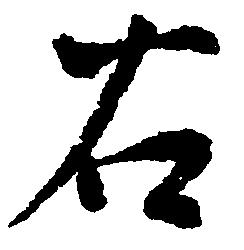
右